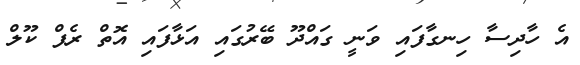
އެ ހާދިސާ ހިނގާފައި ވަނީ ގައްދޫ ބޭރުގައި އަޅާފައި އޮތް ރެފް ކޫލް